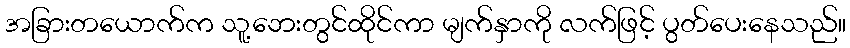
အခြားတယောက်က သူ့ဘေးတွင်ထိုင်ကာ မျက်နှာကို လက်ဖြင့် ပွတ်ပေးနေသည်။